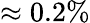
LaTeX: \approx 0.2\%